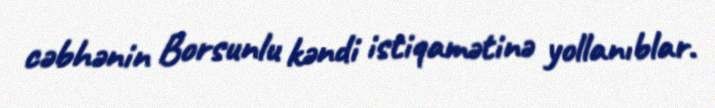
cəbhənin Borsunlu kəndi istiqamətinə yollanıblar.